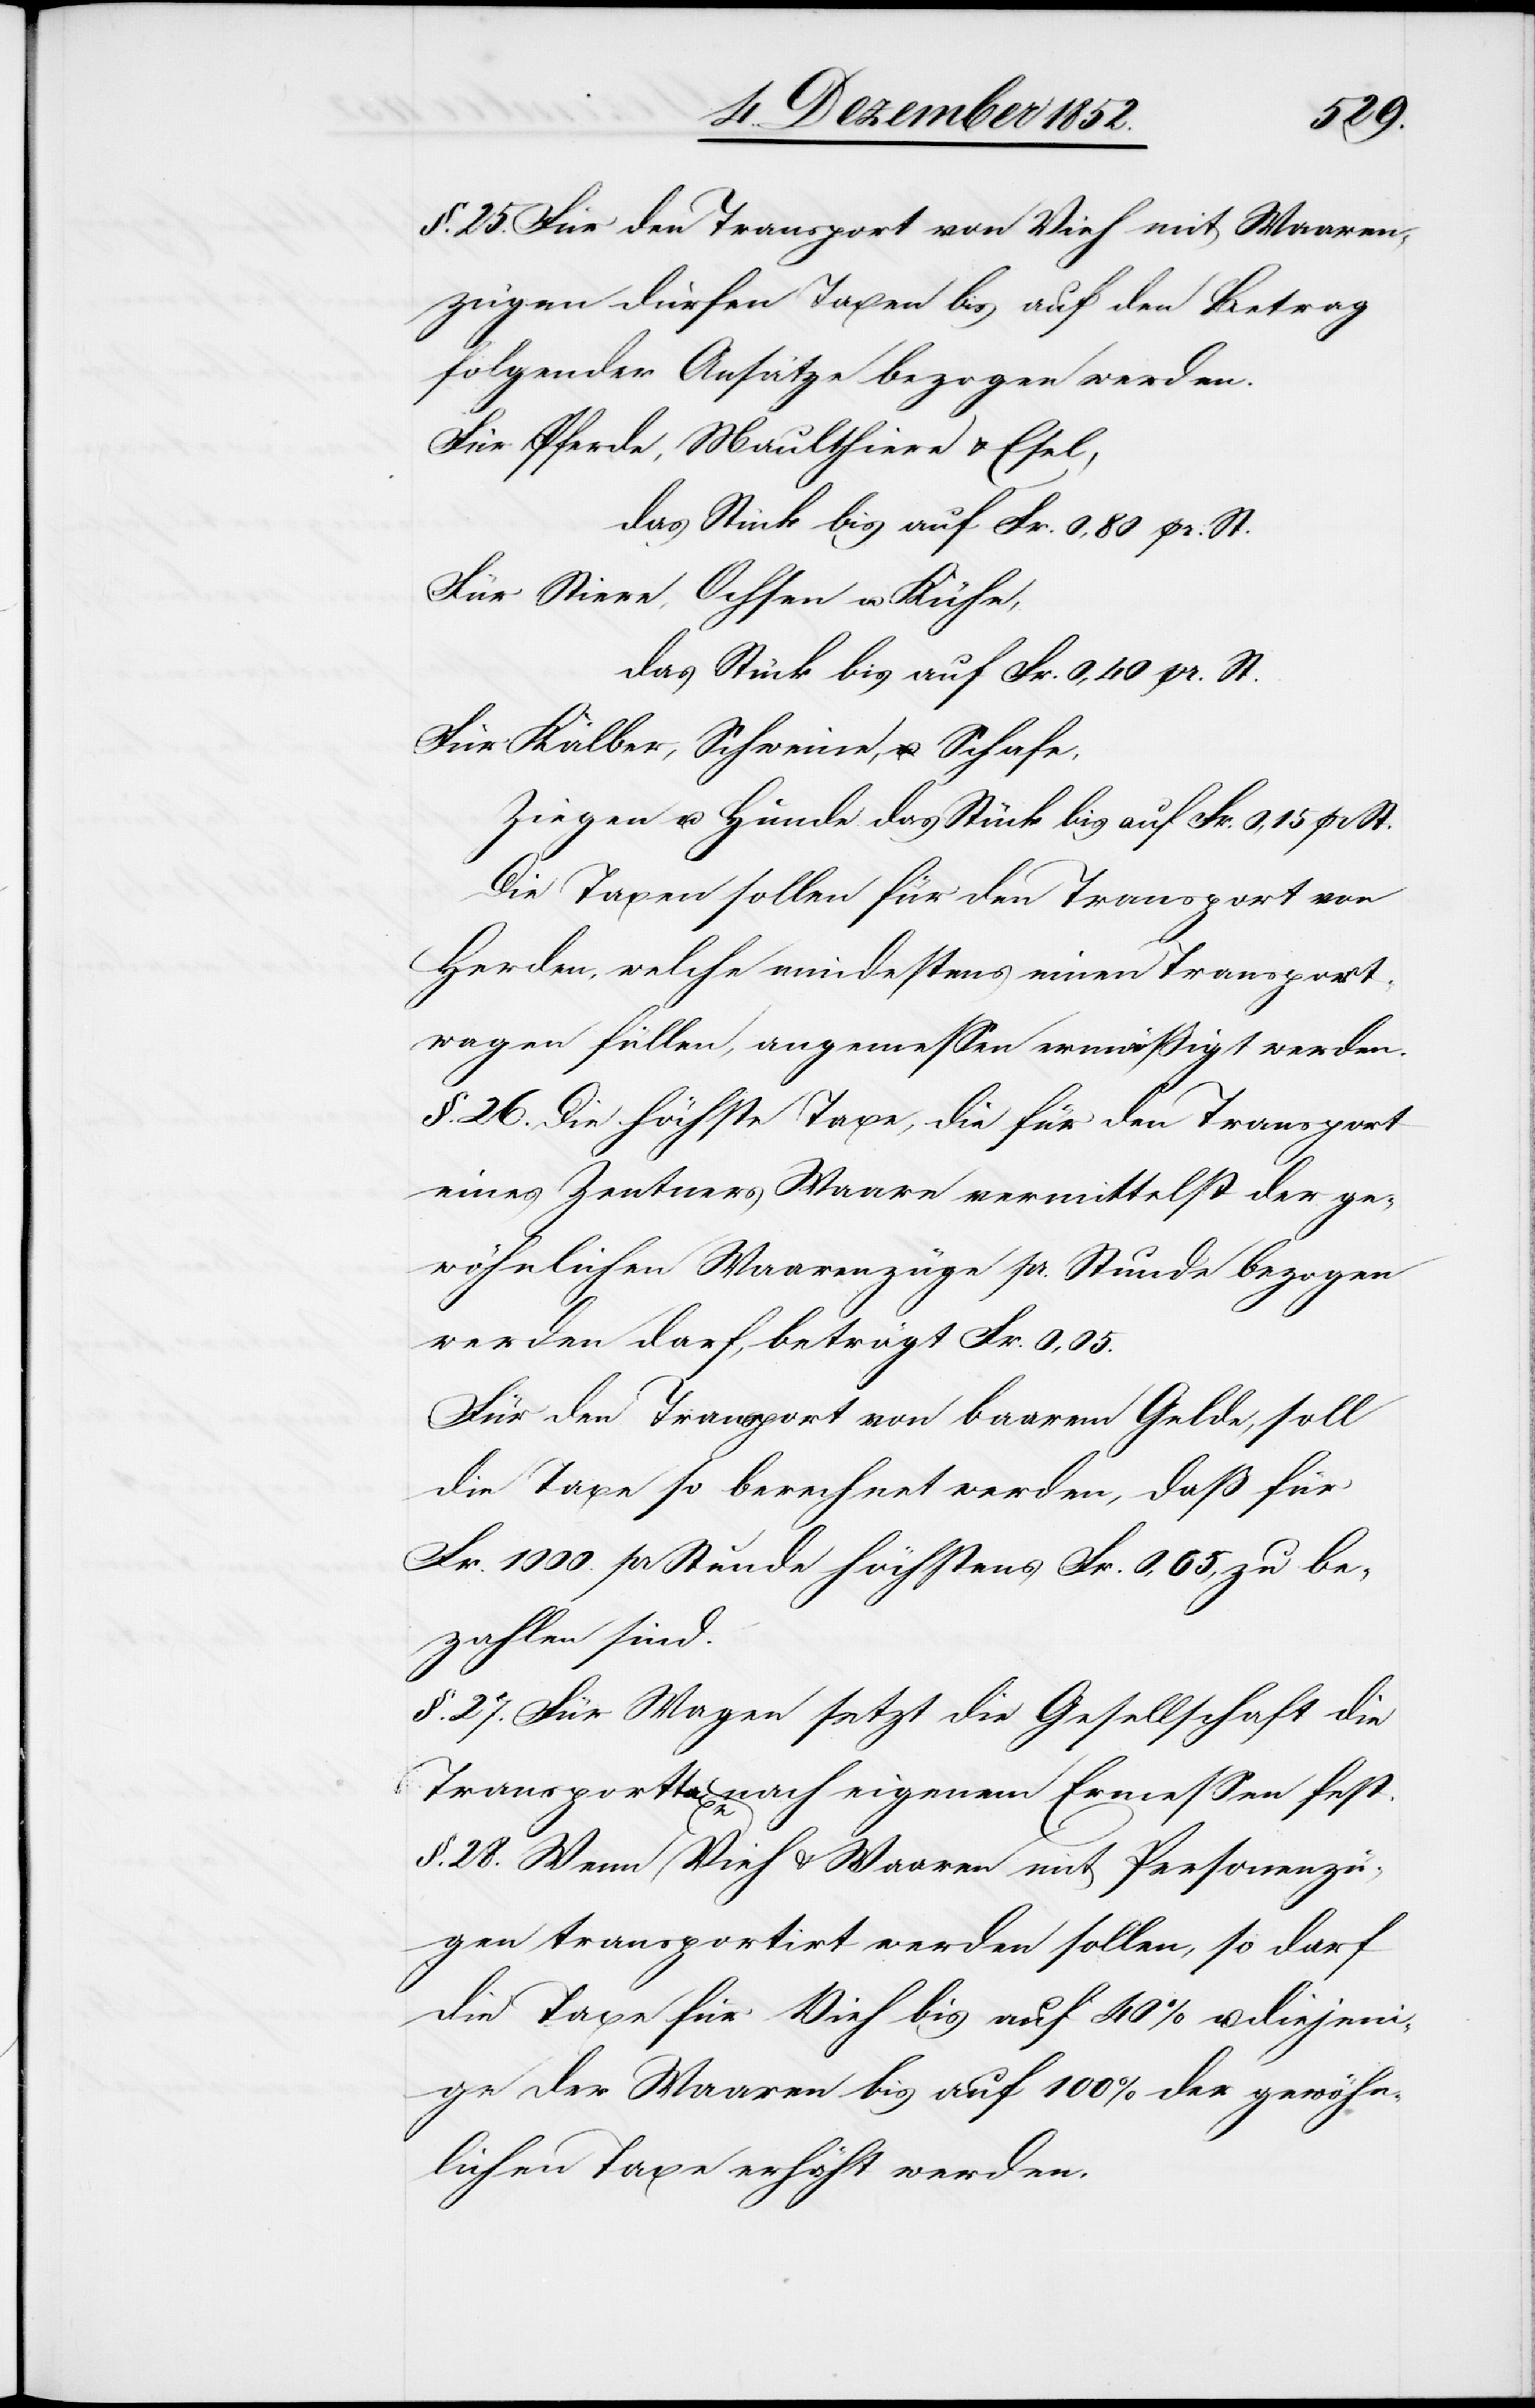
§. 25. Für den Transport von Vieh mit Waaren¬
zügen dürfen Taxen bis auf den Betrag
folgender Ansätze bezogen werden.
Für Pferde, Maulthiere & Esel
Für Stiere, Ochsen u. Kühe,
das Stück bis auf Fr. 0,40 pr. St.
Für Kälber, Schweine, Schafe,
Ziegen u. Hunde das Stück bis auf Fr. 0,15 pr St.
Die Taxen sollen für den Transport von
Herden, welche mindestens einen Transport¬
wagen füllen, angemessen ermäßigt werden.
§. 26. Die höchste Taxe, die für den Transport
eines Zentners Waare vermittelst der ge¬
wöhnlichen Waarenzüge pr. Stunde bezogen
werden darf, beträgt Fr. 0,05.
Für den Transport von baarem Gelde, soll
die Taxe so berechnet werden, daß für
Fr. 1000. pr Stunde höchstens Fr. 0,05, zu be¬
zahlen sind.
§. 27. Für Wagen setzt die Gesellschaft die
Transporttaxe nach eigenem Ermessen fest.
§. 28. Wenn Vieh & Waaren mit Personenzü¬
gen transportirt werden sollen, so darf
die Taxe für Vieh bis auf 40% u. diejeni¬
ge der Waaren bis auf 100% der gewöhn¬
lichen Taxe erhöht werden.